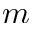
m